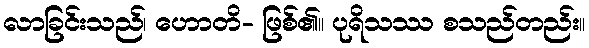
လာခြင်းသည်၊ ဟောတိ- ဖြစ်၏။ ပုရိသဿ စသည်တည်း။